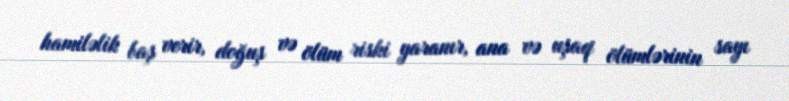
hamiləlik baş verir, doğuş və ölüm riski yaranır, ana və uşaq ölümlərinin sayı